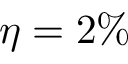
\eta = 2 \%